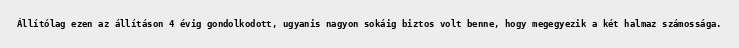
Állítólag ezen az állításon 4 évig gondolkodott, ugyanis nagyon sokáig biztos volt benne, hogy megegyezik a két halmaz számossága.